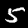
Digit: 5